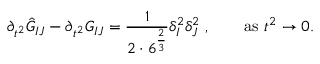
\partial _ { t ^ { 2 } } \hat { G } _ { I J } - \partial _ { t ^ { 2 } } G _ { I J } = { \frac { 1 } { 2 \cdot 6 ^ { \frac { 2 } { 3 } } } } \delta _ { I } ^ { 2 } \delta _ { J } ^ { 2 } \ , \qquad \mathrm { a s } \ t ^ { 2 } \rightarrow 0 .